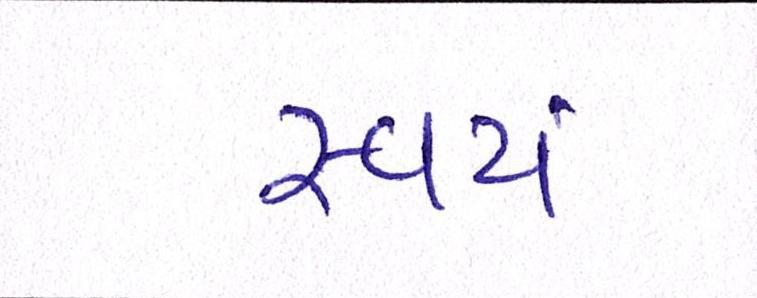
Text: સ્વયં